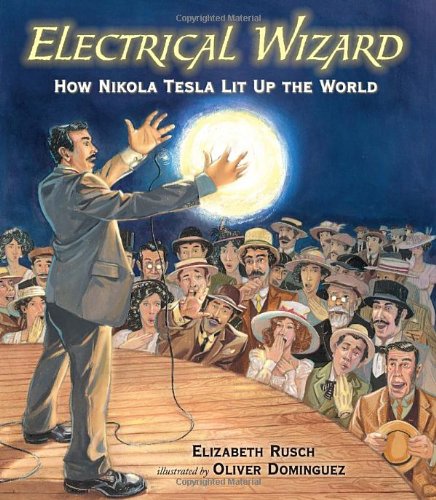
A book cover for Electrical Wizard: How Nikola Tesla Lit Up the World; Elizabeth Rusch; Children's Books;